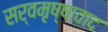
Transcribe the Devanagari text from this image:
सर्वमृष्षावाद